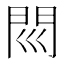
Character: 𨳖